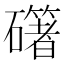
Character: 𥗁